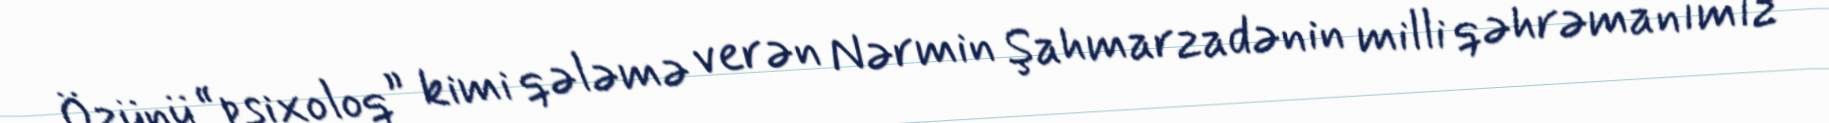
Özünü “psixoloq” kimi qələmə verən Nərmin Şahmarzadənin milli qəhrəmanımız